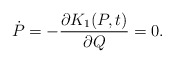
\begin{align*}\dot{P}=-\frac{\partial K_{1}(P,t)}{\partial Q}=0.\end{align*}